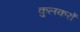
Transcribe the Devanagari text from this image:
कुलकरों